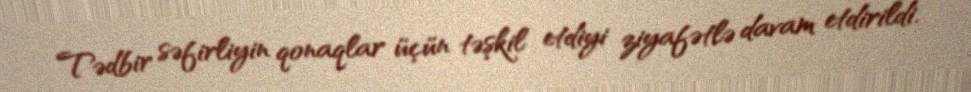
Tədbir səfirliyin qonaqlar üçün təşkil etdiyi ziyafətlə davam etdirildi.